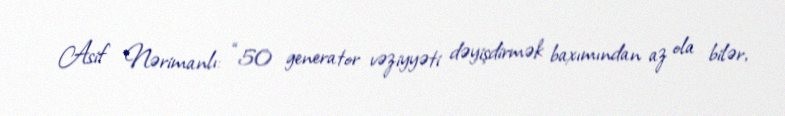
Asif Nərimanlı: “50 generator vəziyyəti dəyişdirmək baxımından az ola bilər,